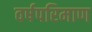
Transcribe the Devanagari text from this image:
वर्षपरिमाण